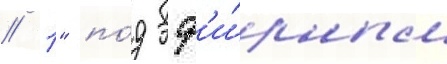
// 1" по́д эф'и́рным